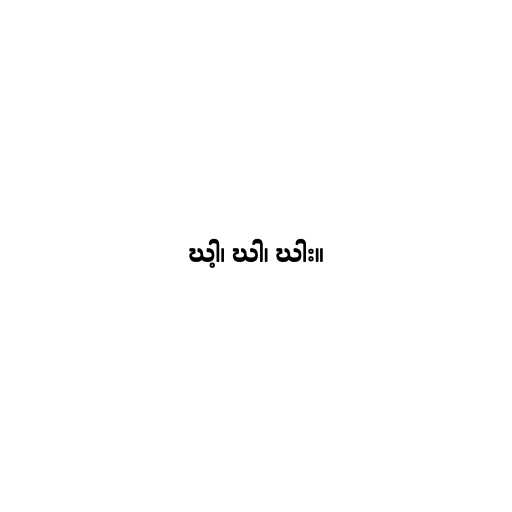
ဃါ့၊ ဃါ၊ ဃါး။